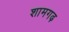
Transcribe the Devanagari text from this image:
शामगढ़